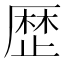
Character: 歴